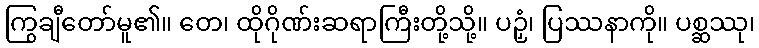
ကြွချီတော်မူ၏။ တေ၊ ထိုဂိုဏ်းဆရာကြီးတို့သို့။ ပဉှံ၊ ပြဿနာကို။ ပစ္ဆဿု၊